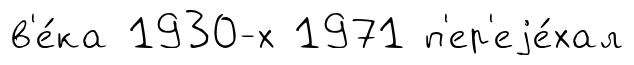
в'е́ка 1930-х 1971 п'ер'еjе́хал